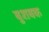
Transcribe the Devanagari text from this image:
बुशबक